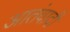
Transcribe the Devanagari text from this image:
आतंवादी